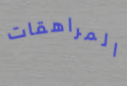
المراهقات